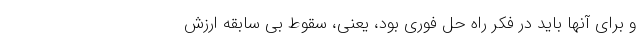
و برای آنها باید در فکر راه حل فوری بود، یعنی، سقوط بی سابقه ارزش